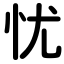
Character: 忧